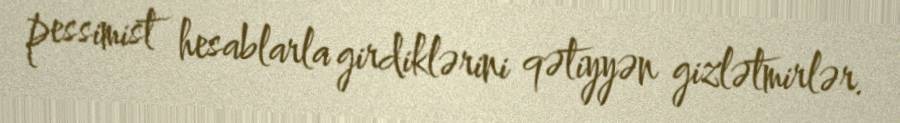
pessimist hesablarla girdiklərini qətiyyən gizlətmirlər.